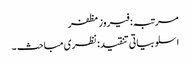
مرتبہ: فیروز مظفر
اسلوبیاتی تنقید: نظری مباحث ۔